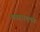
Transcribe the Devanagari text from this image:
व्यवहारमूलक